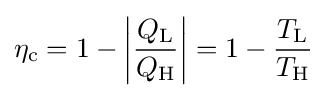
\eta _{\text{c}}=1-\left|{\frac {Q_{\text{L}}}{Q_{\text{H}}}}\right|=1-{\frac {T_{\text{L}}}{T_{\text{H}}}}